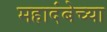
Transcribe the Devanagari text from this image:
महादंबेच्या